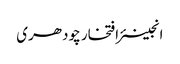
انجینئر افتخار چودھری